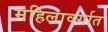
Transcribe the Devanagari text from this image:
महिलावर्गात